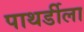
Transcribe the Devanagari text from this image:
पाथर्डीला